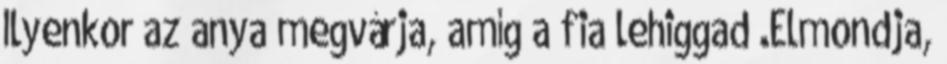
Ilyenkor az anya megvárja, amíg a fia lehiggad .Elmondja,